画像に写った文字を読んでください
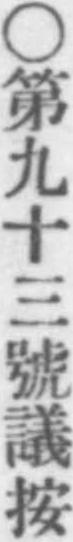
「○第九十三號議按」と書いてあります